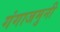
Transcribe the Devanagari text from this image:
गंगाजमुनी